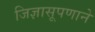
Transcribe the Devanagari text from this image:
जिज्ञासूपणाने